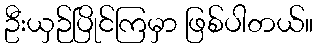
ဦးယှဉ်ပြိုင်ကြမှာ ဖြစ်ပါတယ်။